Annual report on the working of the lock hospitals in the Central Provinces
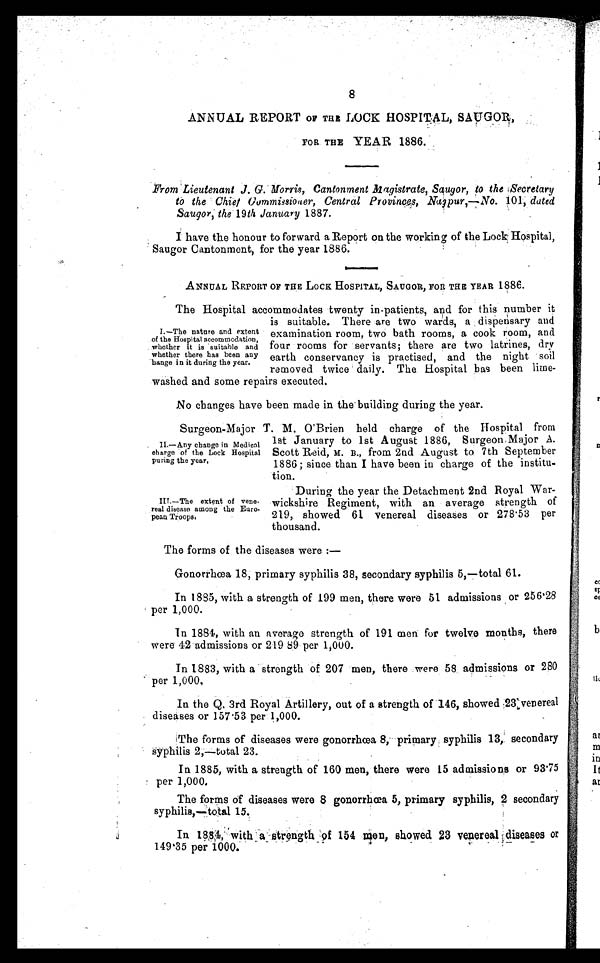
8
ANNUAL REPORT OF THE LOCK HOSPITAL, SAUGOR,
FOR THE YEAR 1886.
From Lieutenant J. G. Morris, Cantonment Magistrate, Saugor, to the Secretary
to the Chief Commissioner, Central Provinces, Nagpur,—No. 101 ; dated
Saugor, the 19 th January 1887.
I have the honour to forward a Report on the working of the Lock Hospital,
Saugor Cantonment, for the year 1886.
ANNUAL REPORT OF THE LOCK HOSPITAL, SAUGOR, FOR THE YEAR 1886.
The Hospital accommodates twenty in-patients, and for this number it
is suitable. There are two wards, a dispensary and
examination room, two bath rooms, a cook room, and
four rooms for servants; there are two latrines, dry
earth conservancy is practised, and the night soil
removed twice daily. The Hospital bas been lime-
washed and some repairs executed.
No changes have been made in the building during the year.
Surgeon-Major T. M. O'Brien held charge of the Hospital from
1st January to 1st August 1886, Surgeon Major A.
Scott Reid, M. B., from 2nd August to 7th September
1886; since than I have been in charge of the institu-
tion.
I.—The nature and extent
of the Hospital accommodation,
whether it is suitable and
whether there has been any
hange in it during the year.
II.—Any change in Medical
charge of the Lock Hospital
puring the year.
III—The extent of vene-
real disease among the Euro-
pean Troops.
During the year the Detachment 2nd Royal War-
wickshire Regiment, with an average strength of
219, showed 61 venereal diseases or 278·53 per
thousand.
The forms of the diseases were :—
Gonorrhœa 18, primary syphilis 38, secondary syphilis 5,—total 61.
In 1885, with a strength of 199 men, there were 51 admissions or 256·28
per 1,000.
In 1884, with an average strength of 191 men for twelve months, there
were 42 admissions or 219 89 per 1,000.
In 1883, with a strength of 207 men, there :were 58 admissions or 280
per 1,000.
In the Q. 3rd Royal Artillery, out of a strength of 146, showed :23 venereal
diseases or 157 .53 per 1,000.
The forms of diseases were gonorrhœa 8, primary syphilis 13, secondary
Syphilis 2,—total 23.
In 1885, with a strength of 160 men, there were 15 admissions or 93·75
per 1,000.
The forms of diseases were 8 gonorrhœa 5, primary syphilis, 2 secondary
syphilis,—total 15.
In 1884, with a strength of 154 men, showed 23 venereal diseases or
149·35 per 1000.